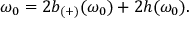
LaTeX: \omega _ { 0 } = 2 b _ { ( + ) } ( \omega _ { 0 } ) + 2 h ( \omega _ { 0 } ) .